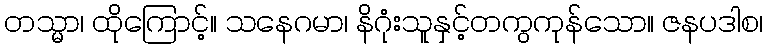
တသ္မာ၊ ထိုကြောင့်။ သနေဂမာ၊ နိဂုံးသူနှင့်တကွကုန်သော။ ဇနပဒါစ၊